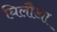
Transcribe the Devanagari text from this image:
घिलौआ